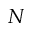
N